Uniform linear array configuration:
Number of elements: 16
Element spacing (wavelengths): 0.25
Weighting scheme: uniform
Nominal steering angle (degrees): -45
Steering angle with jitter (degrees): -46.46
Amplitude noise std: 0.05
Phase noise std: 0.05

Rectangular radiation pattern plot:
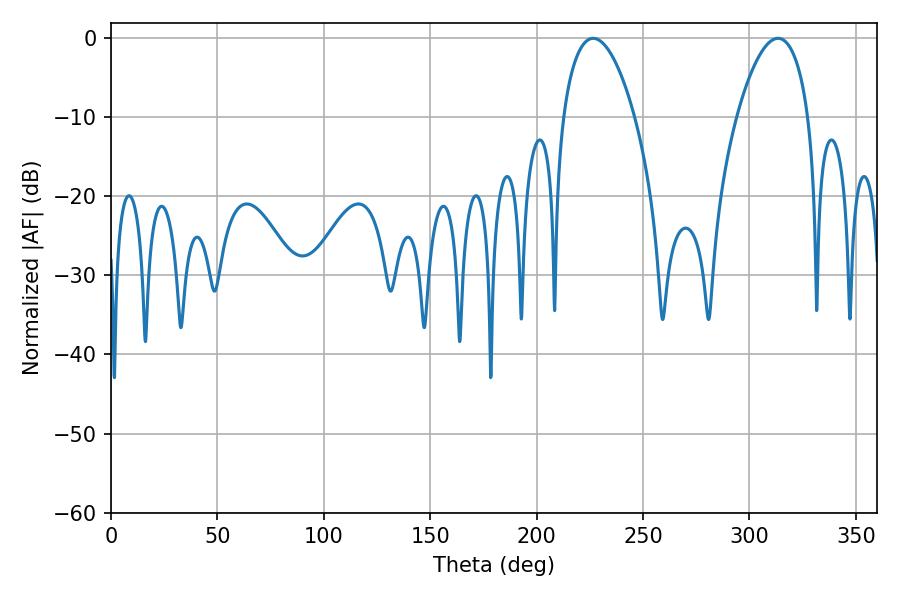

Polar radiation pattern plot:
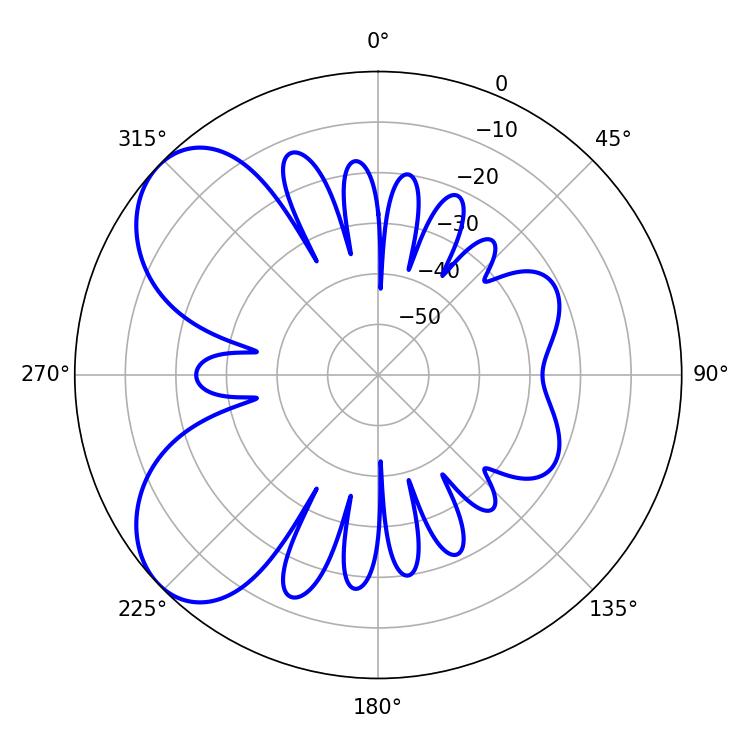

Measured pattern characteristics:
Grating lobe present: FALSE
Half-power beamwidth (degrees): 18.9
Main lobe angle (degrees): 226.62